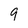
Character: 9